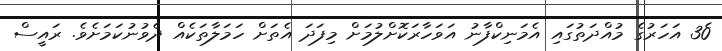
3ެ0 އަހަރުގެ މުއްދަތުގައި އެމަނިކްފާނު އަވަހާރަކޮށްލުމަށް މިފަދަ އެތަށް ހަމަލާތަކެއް ދެވުނުކަމަށެވެ. ރައީސް